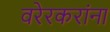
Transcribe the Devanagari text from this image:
वरेरकरांना